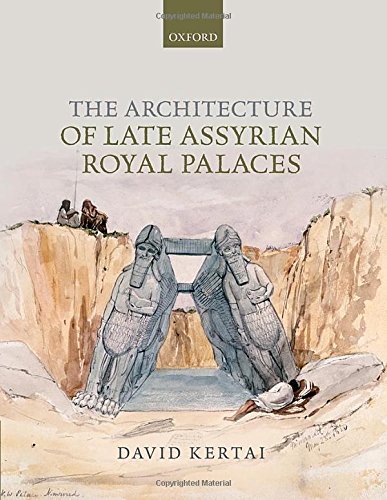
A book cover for The Architecture of Late Assyrian Royal Palaces; David Kertai; History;